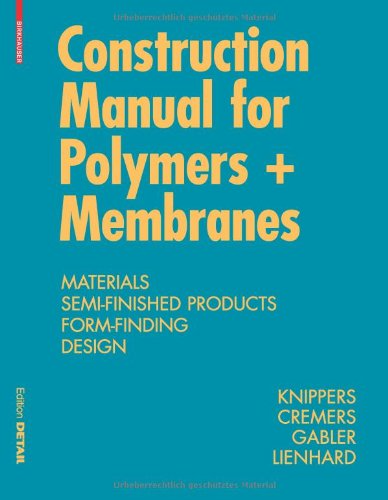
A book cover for Construction Manual for Polymers + Membranes (Konstruktionsatlanten); Jan Knippers; Arts & Photography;